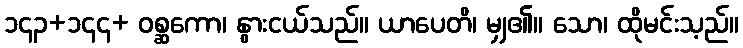
၁၄၃+၁၄၄+ ဝစ္ဆကော၊ နွားငယ်သည်။ ယာပေတိ၊ မျှ၏။ သော၊ ထိုမင်းသ့ည်။